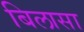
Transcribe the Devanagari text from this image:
बिलासा